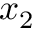
x _ { 2 }